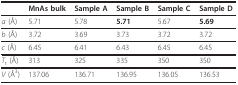
|  | MnAs bulk | Sample A | Sample B | Sample C | Sample D |
 | --- | --- | --- | --- | --- | --- |
 | a (Å) | 5.71 | 5.78 | 5.71 | 5.67 | 5.69 |
 | b (Å) | 3.72 | 3.69 | 3.73 | 3.72 | 3.72 |
 | c (Å) | 6.45 | 6.41 | 6.43 | 6.45 | 6.45 |
 | Tt (Å) | 313 | 325 | 335 | 350 | 350 |
 | V (Å3) | 137.06 | 136.71 | 136.95 | 136.05 | 136.53 |